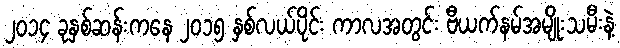
၂၀၁၄ ခုနှစ်ဆန်းကနေ ၂၀၁၅ နှစ်လယ်ပိုင်း ကာလအတွင်း ဗီယက်နမ်အမျိုးသမီးနဲ့